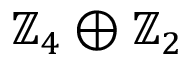
\mathbb { Z } _ { 4 } \oplus \mathbb { Z } _ { 2 }